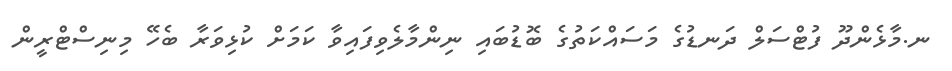
ނ.މާޅެންދޫ ފުޓްސަލް ދަނޑުގެ މަސައްކަތުގެ ބޮޑުބައި ނިންމާލެވިފައިވާ ކަމަށް ކުޅިވަރާ ބެހޭ މިނިސްޓްރީން